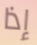
إذا